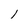
Character: 1